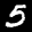
Label: 5